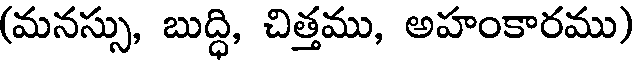
(మనస్సు, బుద్ధి, చిత్తము, అహంకారము)